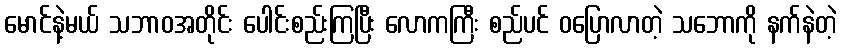
မောင်နဲ့မယ် သဘာဝအတိုင်း ပေါင်းစည်းကြပြီး လောကကြီး စည်ပင် ဝပြောလာတဲ့ သဘောကို နက်နဲတဲ့